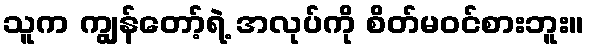
သူက ကျွန်တော့်ရဲ့ အလုပ်ကို စိတ်မဝင်စားဘူး။